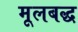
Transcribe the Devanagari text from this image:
मूलबद्ध